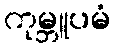
ကုမ္ဘူပမံ